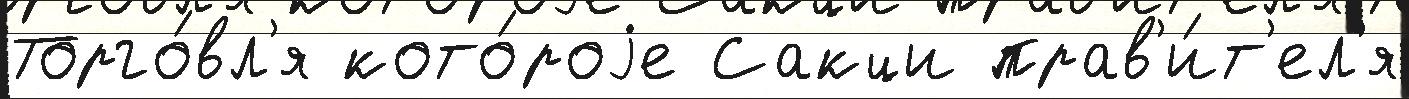
Торго́вл'я кото́роjе Сакци прав'и́т'ел'я